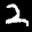
Label: 2